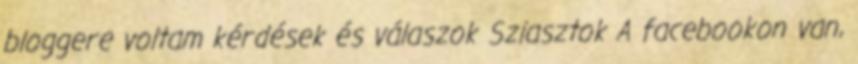
bloggere voltam kérdések és válaszok Sziasztok A facebookon van,